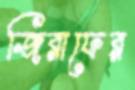
জিরাফের